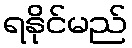
ရနိုင်မည်